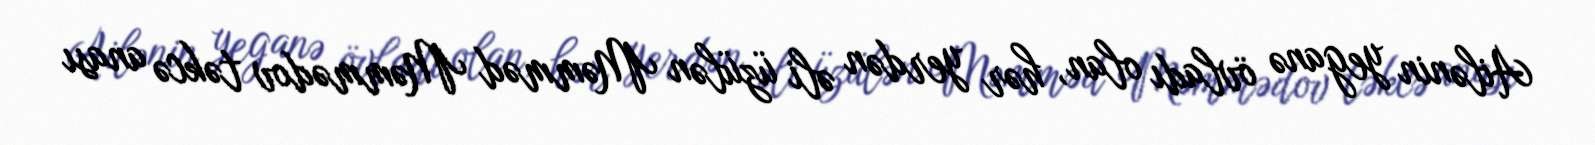
Ailənin yeganə övladı olan, hər yerdən əli üzülən Məmməd Məmmədov təkcə anası